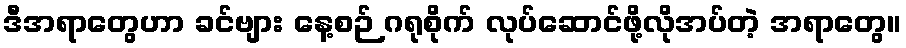
ဒီအရာတွေဟာ ခင်ဗျား နေ့စဉ် ဂရုစိုက် လုပ်ဆောင်ဖို့လိုအပ်တဲ့ အရာတွေ။